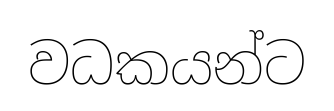
වධකයන්ට